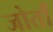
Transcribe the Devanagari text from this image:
जोताँ